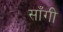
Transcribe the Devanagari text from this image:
साँगी